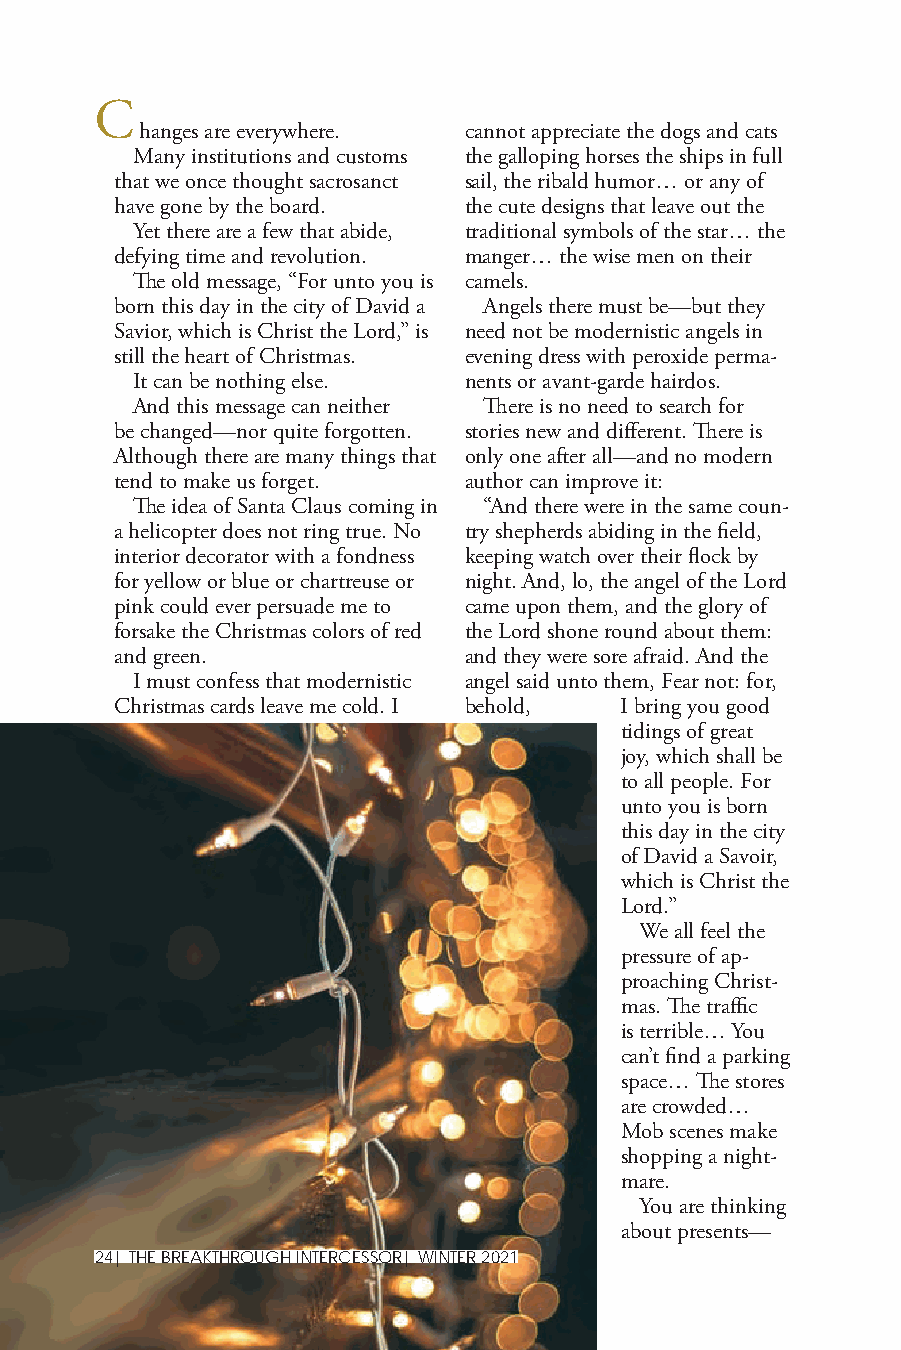
C
 hanges are everywhere. cannot appreciate the dogs and cats
 Many institutions and customs the galloping horses the ships in full
 that we once thought sacrosanct sail, the ribald humor… or any of
 have gone by the board. the cute designs that leave out the
 Yet there are a few that abide, traditional symbols of the star… the
 defying time and revolution. manger… the wise men on their
 The old message, “For unto you is camels.
 born this day in the city of David a Angels there must be—but they
 Savior, which is Christ the Lord,” is need not be modernistic angels in
 still the heart of Christmas. evening dress with peroxide perma-
 It can be nothing else. nents or avant-garde hairdos.
 And this message can neither There is no need to search for
 be changed—nor quite forgotten. stories new and different. There is
 Although there are many things that only one after all—and no modern
 tend to make us forget. author can improve it:
 The idea of Santa Claus coming in “And there were in the same coun-
 a helicopter does not ring true. No try shepherds abiding in the field,
 interior decorator with a fondness keeping watch over their flock by
 for yellow or blue or chartreuse or night. And, lo, the angel of the Lord
 pink could ever persuade me to came upon them, and the glory of
 forsake the Christmas colors of red the Lord shone round about them:
 and green.             and they were sore afraid. And the
 I must confess that modernistic angel said unto them, Fear not: for,
 Christmas cards leave me cold. I behold, I bring you good
 tidings of great
 joy, which shall be
 to all people. For
 unto you is born
 this day in the city
 of David a Savoir,
 which is Christ the
 Lord.”
 We all feel the
 pressure of ap-
 proaching Christ-
 mas. The traffic
 is terrible… You
 can’t find a parking
 space… The stores
 are crowded…
 Mob scenes make
 shopping a night-
 mare.
 You are thinking
 about presents—
 24| THE BREAKTHROUGH INTERCESSOR| WINTER 2021